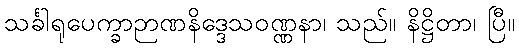
သင်္ခါရုပေက္ခာဉာဏနိဒ္ဒေသဝဏ္ဏနာ၊ သည်။ နိဋ္ဌိတာ၊ ပြီ။